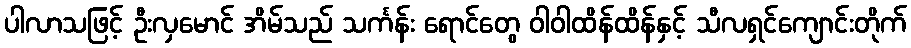
ပါလာသဖြင့် ဦးလှမောင် အိမ်သည် သင်္ကန်း ရောင်တွေ ဝါဝါထိန်ထိန်နှင့် သီလရှင်ကျောင်းတိုက်